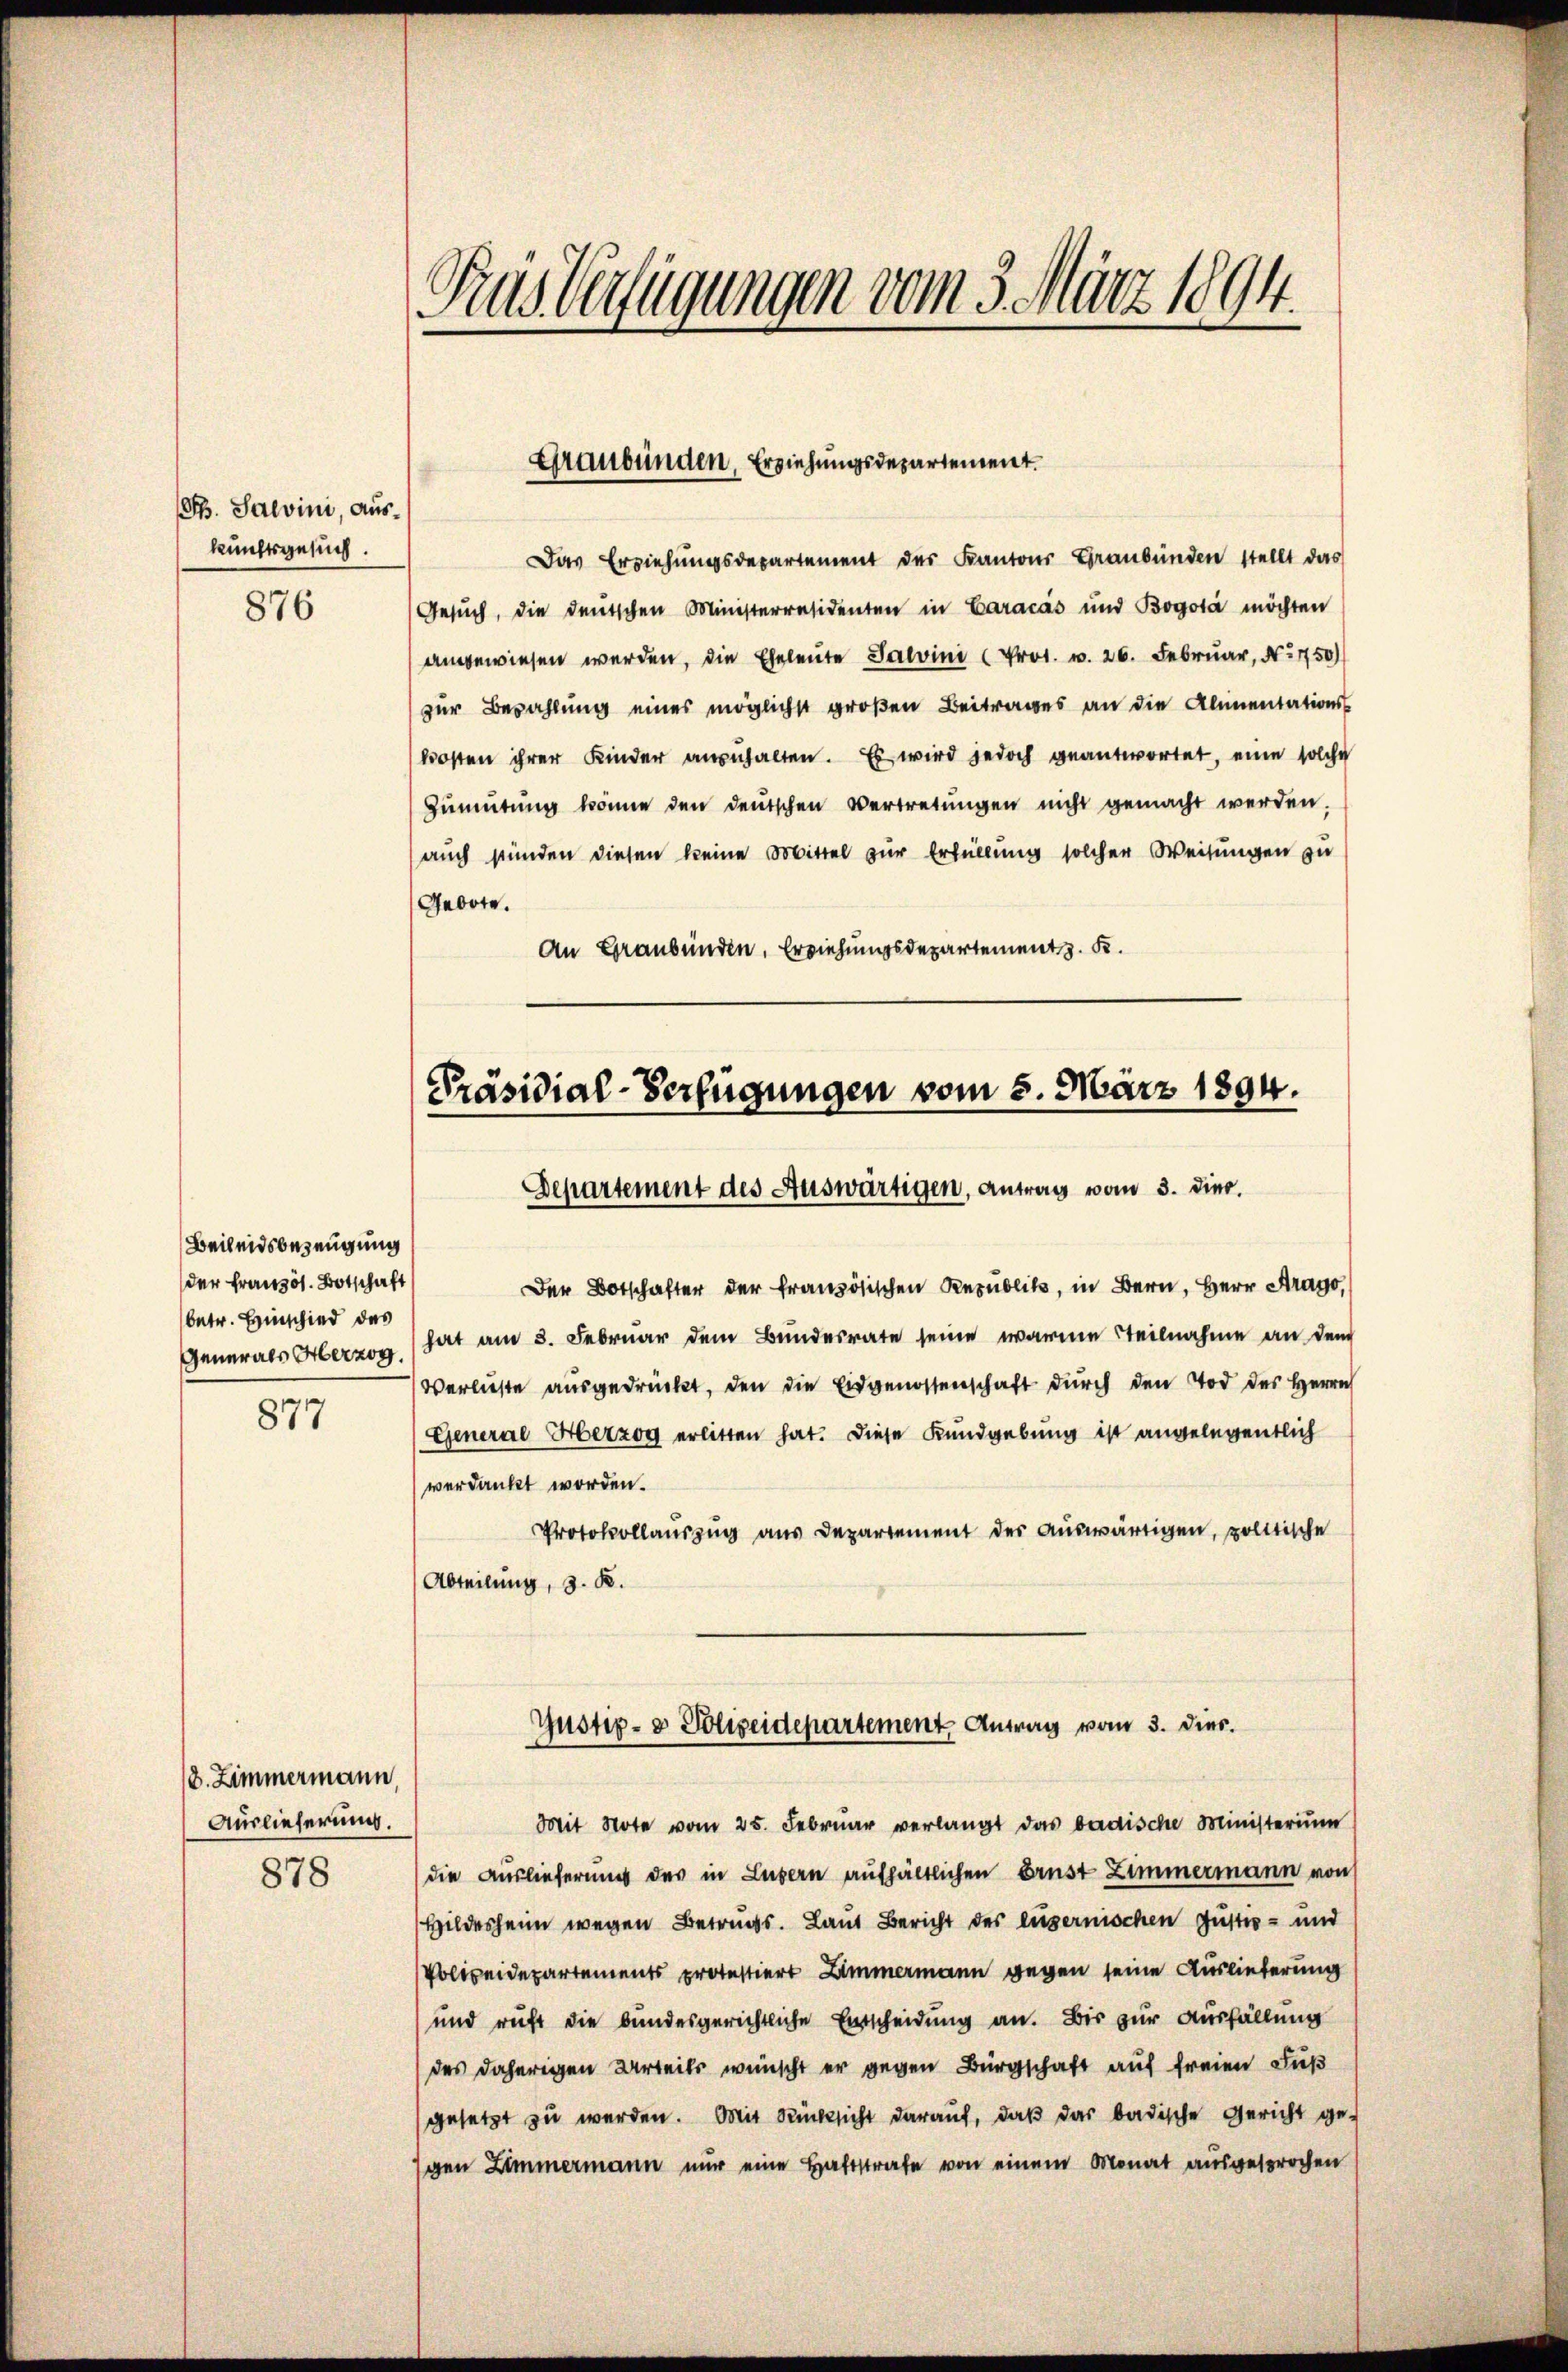
Ph. Salvini, auskunftsgesuch.

876

Beileidsbezeugung
der Französ. Botschaft
betr. Einschied des
Generals Herzog.
877

8. Zimmermann
Auslieferung.
878

Das Erziehungsdepartement der Kantons Graubünden stellt das
Gesŭch, die deutschen Ministerresidenten in Caracás und Bogota möchten
angewiesen werden, die Eheleute Salvini Prot. v. 26. Februar, No 750)
zur Bezahlung eines möglichst großen Beitrages an die Almentations
kosten ihrer Kinder anzuhalten. Es wird jedoch geantwortet, eine solche
Zŭmütŭng könne den deutschen Vertretŭngen nicht gemacht werden.
auch stünden diesen keine Mittel zur Erfüllung solcher Weisungen zu
Gebote.
An Graubünden, Erziehungsdepartement z. K.

Rus Verfügungen vom 3. März 1894.

Graubünden, Erziehungsdepartement.

Präsidial-Verfügungen vom 5. März 1894.
Departement des Auswärtigen, Antrag vom 3. diec.

Der Botschafter der französischen Republik, in Bern, Herr Arago,
hat am 3. Februar dem Bundesrate seine warme teilnahme an dem
Verluste ausgedrückt, den die Eidgenossenschaft durch den Tod des Herrn
General Herzog erlitten hat. Diese Kundgebung ist angelegentlich
verdankt worden.
Protokollauszug aus Departement der auswärtigen, politische
Abteilung, z. B.
Gustiz- & Polizeidepartement Antrag vom 3. dies.
Mit Note vom 25. Februar verlangt das badische Ministerium
die Auslieferung des in Luzern aufhältlichen Brust Zimmermann von
Hildesheim wegen Betrugs. Laut Bericht des luzernischen Justiz- und
Polizeidepartements protestiert Zimmermann gegen seine Auslieferung
und ruht die bundesgerichtliche Entscheidung an. Bis zur Ausfällung
des daherigen Urteils wünscht er gegen Bürgschaft auf freien Fuß
gesetzt zu werden. Mit Rücksicht darauf, daß das badische Gericht ge-
gen Zimmermann nur eine Haftstrafe von einem Monat ausgesprochen